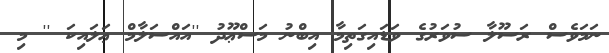
ނަމަވެސް ރަސޫލާ ސުވަރުގެ ވަޑައިގަތިމާ އިބްނު މަސްޢޫދު ''އައްސަލާމް ޢަލައިކަ '' މި